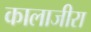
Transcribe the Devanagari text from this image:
कालाजीरा